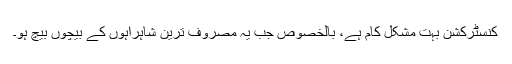
کنسٹرکشن بہت مشکل کام ہے، بالخصوص جب یہ مصروف ترین شاہراہوں کے بیچوں بیچ ہو۔